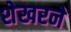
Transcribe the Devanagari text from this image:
शेखरने